Distribution and causation of leprosy in British India
Year: 1875
Disease focus: Leprosy
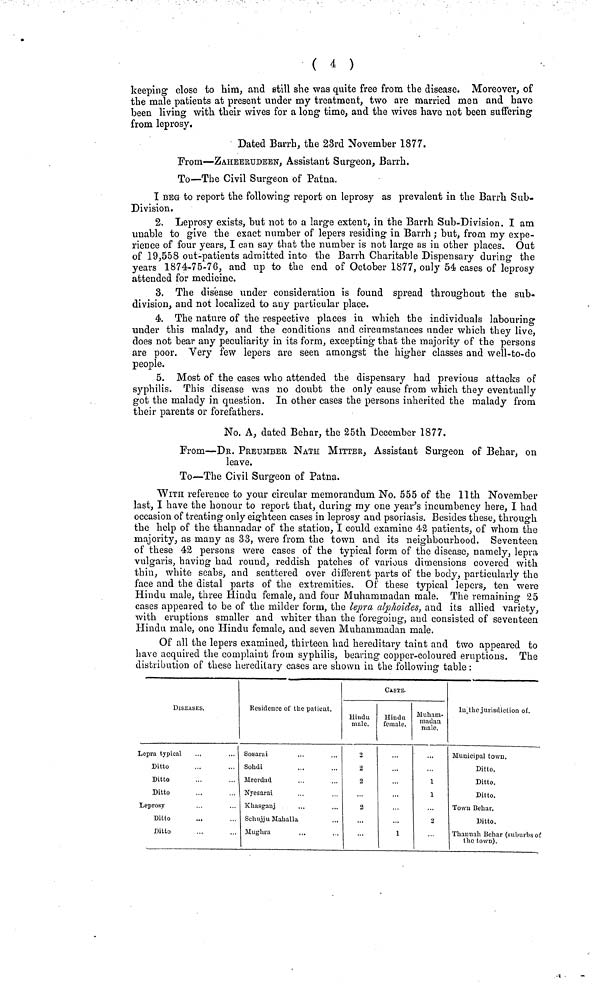
( 4 )
keeping close to him, and still she was quite free from the disease. Moreover, of
the male patients at present under my treatment, two are married men and have
been living with their wives for a long time, and the wives have not been suffering
from leprosy.
Dated Barrh, the 23rd November 1877.
From—ZAHEERUDEEN, Assistant Surgeon, Barrh.
To—The Civil Surgeon of Patna.
I BEG to report the following report on leprosy as prevalent in the Barrh Sub-
Division.
2. Leprosy exists, but not to a large extent, in the Barrh Sub-Division. I am
unable to give the exact number of lepers residing in Barrh ; but, from my expe-
rience of four years, I can say that the number is not large as in other places. Out
of 19,558 out-patients admitted into the Barrh Charitable Dispensary during the
years 1874-75-76, and up to the end of October 1877, only 54 cases of leprosy
attended for medicine.
3. The disease under consideration is found spread throughout the sub-
division, and not localized to any particular place.
4. The nature of the respective places in which the individuals labouring
under this malady, and the conditions and circumstances under which they live,
does not bear any peculiarity in its form, excepting that the majority of the persons
are poor. Very few lepers are seen amongst the higher classes and well-to-do
people.
5. Most of the cases who attended the dispensary had previous attacks of
syphilis. This disease was no doubt the only cause from which they eventually
got the malady in question. In other cases the persons inherited the malady from
their parents or forefathers.
No. A, dated Behar, the 25th December 1877.
From—DR. PREUMBER NATH MITTER, Assistant Surgeon of Behar, on
leave.
To—The Civil Surgeon of Patna.
WITH reference to your circular memorandum No. 555 of the 11th November
last, I have the honour to report that, during my one year's incumbency here, I had
occasion of treating only eighteen eases in leprosy and psoriasis. Besides these, through
the help of the thannadar of the station, I could examine 42 patients, of whom the
majority, as many as 33, were from the town and its neighbourhood. Seventeen
of these 42 persons were cases of the typical form of the disease, namely, lepra
vulgaris, having had round, reddish patches of various dimensions covered with
thin, white scabs, and scattered over different parts of the body, particularly the
face and the distal parts of the extremities. Of these typical lepers, ten were
Hindu male, three Hindu female, and four Muhammadan male. The remaining 25
cases appeared to be of the milder form, the lepra alphoides, and its allied variety,
with eruptions smaller and whiter than the foregoing, and consisted of seventeen
Hindu male, one Hindu female, and seven Muhammadan male.
Of all the lepers examined, thirteen had hereditary taint and two appeared to
have acquired the complaint from syphilis, bearing copper-coloured eruptions. The
distribution of these hereditary cases are shown in the following table :
Diseases
Lepra typical
Ditto
Ditto
Ditto
Leprosy
Ditto
Ditto
Residence of the patient.
Sosarai
Sohdi
Meerdad
Nyesarai
Khasganj
Schujju Mahalla
Mughra
CASTE.
Hindu
male.
o
2
2
2
Hindu
female.
1
Muham-
madan
male.
1
1
2
In the jurisdiction of.
Municipal town.
Ditto.
Ditto.
Ditto.
Town Behar.
Ditto.
Thannah Behar (suburbs of
the town).